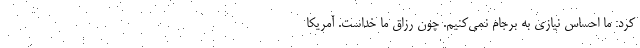
کرد: ما احساس نیازی به برجام نمی‌کنیم. چون رزاق ما خداست. آمریکا